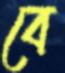
বে